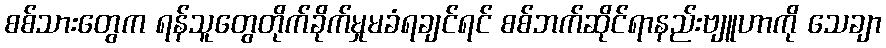
စစ်သားတွေက ရန်သူတွေတိုက်ခိုက်မှုမခံရချင်ရင် စစ်ဘက်ဆိုင်ရာနည်းဗျူဟာကို သေချာ